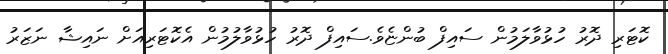
ކޮޓަރި ދޮރު ހުޅުވާލަމުން ސައިފް ބުންޏެވެ.ސައިފް ދޮރު ހުޅުވާލުމުން އެކޮޓަރިއަށް ނައިޝާ ނަޒަރު